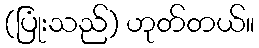
(ပြုံးသည်) ဟုတ်တယ်။